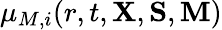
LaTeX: \mu_{M,i}(r,t,{\mathbf X},{\mathbf S},{\mathbf M})